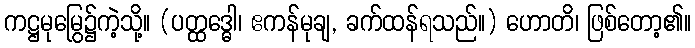
ကဋ္ဌမုမြွေ၌ကဲ့သို့။ (ပတ္ထဒ္ဓေါ၊ ဧကန်မုချ, ခက်ထန်ရသည်။) ဟောတိ၊ ဖြစ်တော့၏။